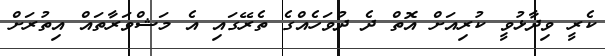
ކެރީ ވިދާޅުވީ ކުރިއަށް އޮތް ދެ ދުވަހެއްގެ ތެރޭގައި އެ މަޝްވަރާތަައް އިތުރަށް